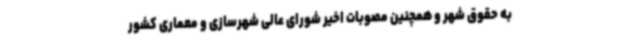
به حقوق شهر و همچنین مصوبات اخیر شورای عالی شهرسازی و معماری کشور